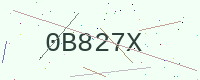
Text: 0B827X